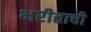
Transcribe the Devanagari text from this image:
भरीताची